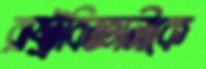
রাষ্ট্রবিজ্ঞানীকে